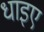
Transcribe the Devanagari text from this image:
धाइए